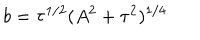
b = \tau ^ { 1 / 2 } ( A ^ { 2 } + \tau ^ { 2 } ) ^ { 1 / 4 }